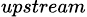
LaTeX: _{upstream}